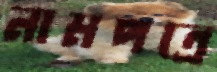
নামপত্রে